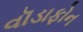
વૉડાફોન